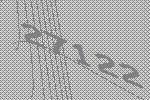
27122